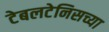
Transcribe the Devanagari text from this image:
टेबलटेनिसच्या